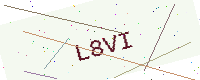
Text: L8VI